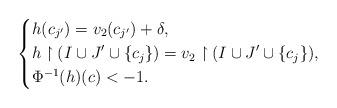
LaTeX: \begin{align*} \left\{\begin{aligned} & h(c_{j'})=v_2(c_{j'})+\delta,\\&h\upharpoonright (I\cup J'\cup \{c_j\})=v_2\upharpoonright(I\cup J'\cup \{c_j\}),\\&\Phi^{-1}(h)(c)<-1. \end{aligned} \right. \end{align*}